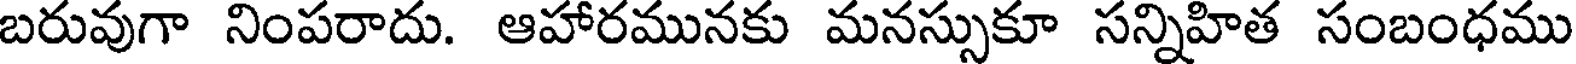
బరువుగా నింపరాదు. ఆహారమునకు మనస్సుకూ సన్నిహిత సంబంధము